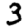
Digit: 3